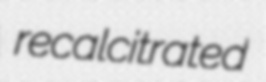
recalcitrated